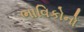
ભાવિકોનો